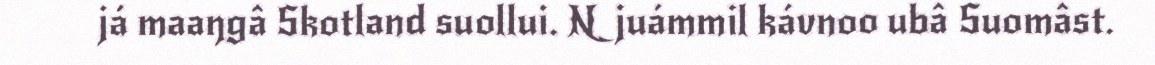
já maaŋgâ Skotland suollui. Njuámmil kávnoo ubâ Suomâst.